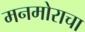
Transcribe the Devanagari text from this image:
मनमोराचा